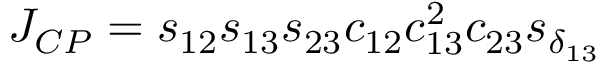
J _ { C P } = s _ { 1 2 } s _ { 1 3 } s _ { 2 3 } c _ { 1 2 } c _ { 1 3 } ^ { 2 } c _ { 2 3 } s _ { \delta _ { 1 3 } }